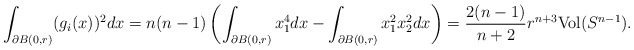
\begin{align*}\int_{\partial B(0,r)}(g_{i}(x))^{2}dx=n(n-1)\left(\int_{\partial B(0,r)}x_{1}^{4}dx-\int_{\partial B(0,r)}x_{1}^{2}x_{2}^{2}dx\right)=\frac{2(n-1)}{n+2}r^{n+3}\mathrm{Vol}(S^{n-1}).\end{align*}